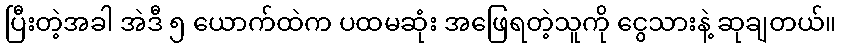
ပြီးတဲ့အခါ အဲဒီ ၅ ယောက်ထဲက ပထမဆုံး အဖြေရတဲ့သူကို ငွေသားနဲ့ ဆုချတယ်။